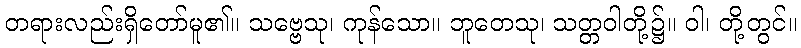
တရားလည်းရှိတော်မူ၏။ သဗ္ဗေသု၊ ကုန်သော။ ဘူတေသု၊ သတ္တဝါတို့၌။ ဝါ၊ တို့တွင်။